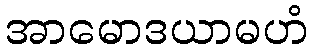
အာမောဒယာမဟံ